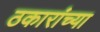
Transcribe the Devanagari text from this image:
ठकारांच्या